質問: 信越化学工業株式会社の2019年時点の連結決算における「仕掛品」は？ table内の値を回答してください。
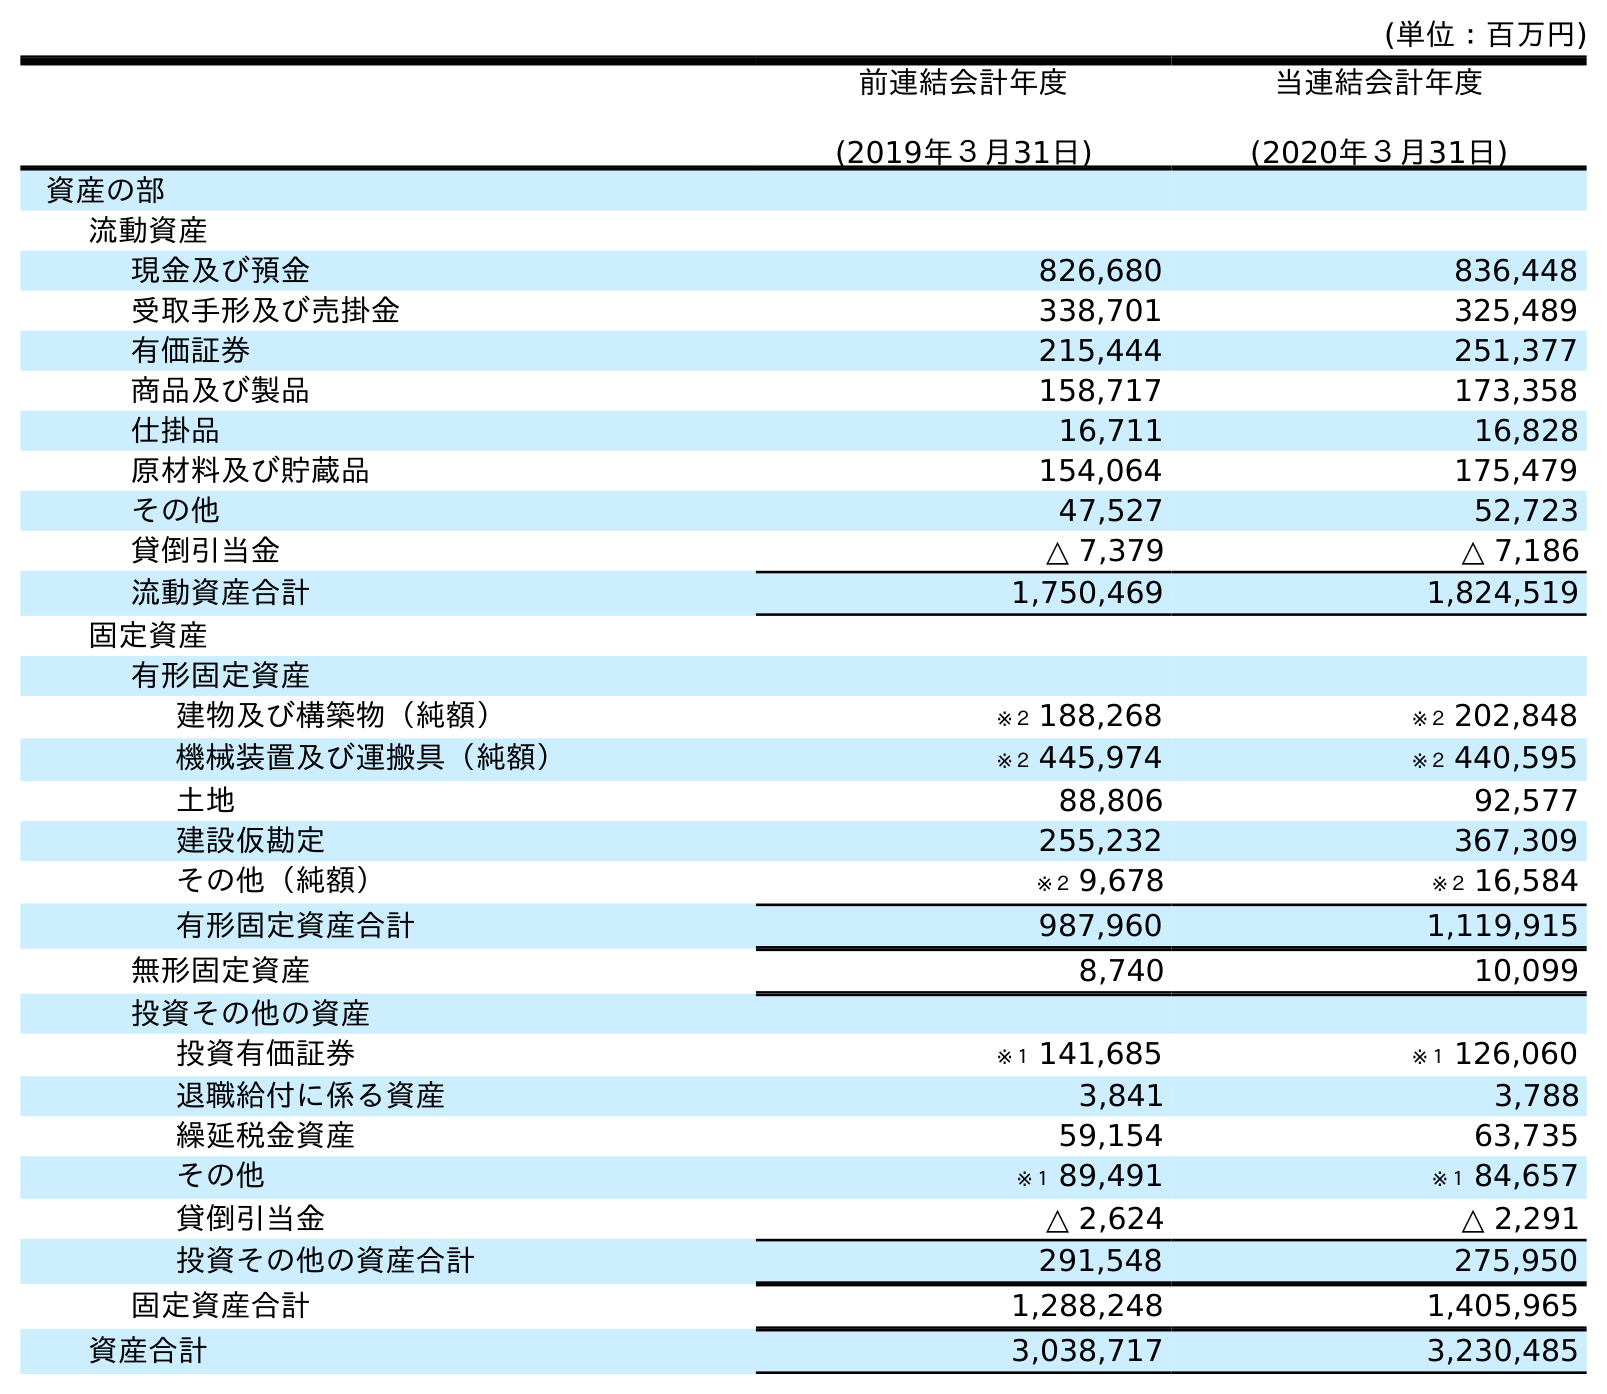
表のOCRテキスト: (単位：百万円) 前連結会計年度 (2019年３月31日) 当連結会計年度 (2020年３月31日) 資産の部 流動資産 現金及び預金 826,680 836,448 受取手形及び売掛金 338,701 325,489 有価証券 215,444 251,377 商品及び製品 158,717 173,358 仕掛品 16,711 16,828 原材料及び貯蔵品 154,064 175,479 その他 47,527 52,723 貸倒引当金 △ 7,379 △ 7,186 流動資産合計 1,750,469 1,824,519 固定資産 有形固定資産 建物及び構築物（純額） ※２ 188,268 ※２ 202,848 機械装置及び運搬具（純額） ※２ 445,974 ※２ 440,595 土地 88,806 92,577 建設仮勘定 255,232 367,309 その他（純額） ※２ 9,678 ※２ 16,584 有形固定資産合計 987,960 1,119,915 無形固定資産 8,740 10,099 投資その他の資産 投資有価証券 ※１ 141,685 ※１ 126,060 退職給付に係る資産 3,841 3,788 繰延税金資産 59,154 63,735 その他 ※１ 89,491 ※１ 84,657 貸倒引当金 △ 2,624 △ 2,291 投資その他の資産合計 291,548 275,950 固定資産合計 1,288,248 1,405,965 資産合計 3,038,717 3,230,485
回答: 16,711